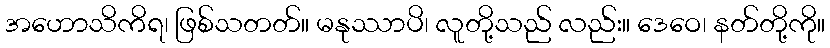
အဟောသိကိရ၊ ဖြစ်သတတ်။ မနုဿာပိ၊ လူတို့သည် လည်း။ ဒေဝေ၊ နတ်တို့ကို။